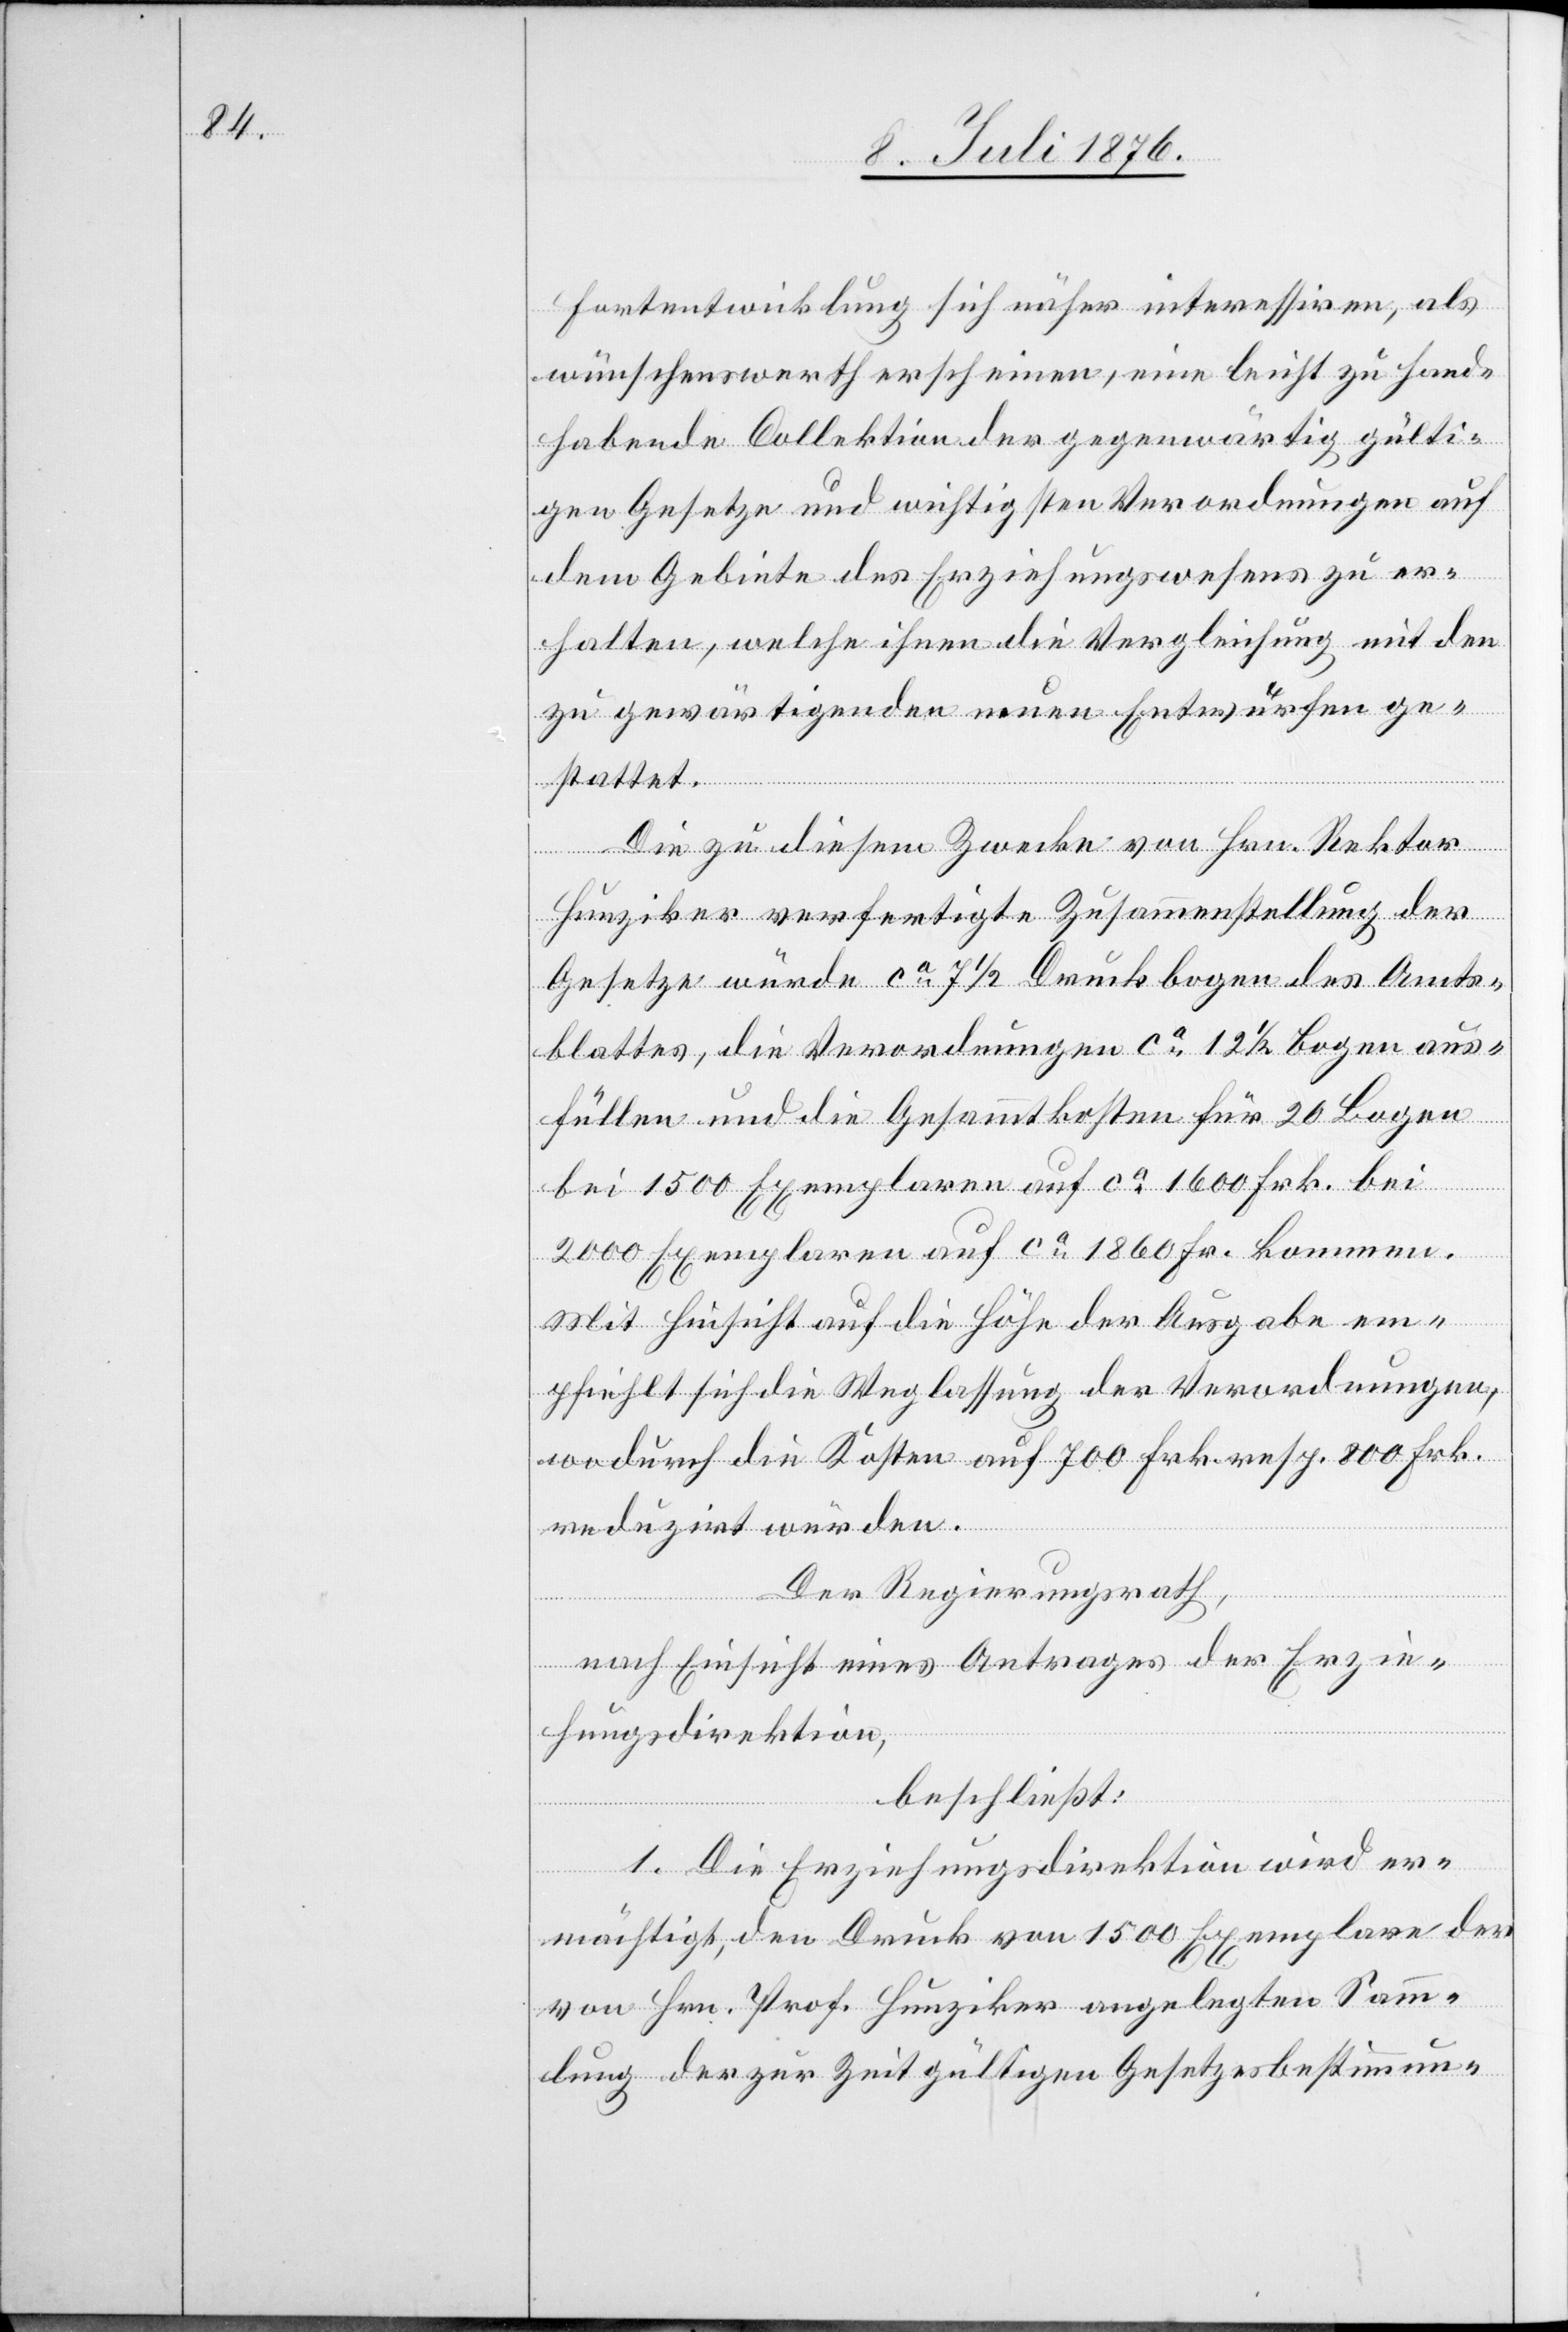
Fortentwicklung sich näher interessieren, als
wünschenswerth erscheinen, eine eicht zu hand¬
habende Collektion der gegenwärtig gülti¬
gen Gesetze und wichtigsten Verordnungen auf
dem Gebiete des Erziehungswesens zu er¬
halten, welche ihnen die Vergleichung mit den
zu gewärtigenden neuen Entwürfen ge¬
stattet.
Die zu diesem Zwecke von Hrn. Rektor
Hunziker verfertigte Zusammenstallung der
Gesetze würde ca 7 1/2 Druckbogen des Amts¬
blattes, die Verordnungen ca 12 1/2 Bogen aus¬
füllen und die Gesammtkosten für 20 Bogen
bei 1500 Exemplaren auf ca 1600 Frk. bei
2000 Exemplaren auf ca 1860 Fr. kommen.
Mit Hinsicht auf die Höhe der Ausgabe em¬
pfiehlt sich die Weglassung der Verordnungen,
wodurch die Kosten auf 700 Frk. resp. 800 Frk.
reduzirt würden.
Der Regierungsrath,
nach Einsicht eines Antrages der Erzie¬
hungsdirektion,
beschließt:
1. Die Erziehungsdirektion wird er¬
mächtigt, den Druck von 1500 Exemplare der
von Hrn. Prof. Hunziker angelegten Sam¬
mlung der zur Zeit gültigen Gesetzesbestimmun-